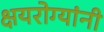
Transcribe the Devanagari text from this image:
क्षयरोग्यांनी